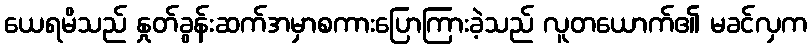
ယေရမိသည် နှုတ်ခွန်းဆက်အမှာစကားပြောကြားခဲ့သည် လူတယောက်၏ မခင်လှက